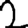
Digit: 2